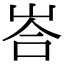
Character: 峇